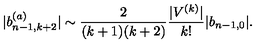
| b _ { n - 1 , k + 2 } ^ { ( a ) } | \sim \frac { 2 } { ( k + 1 ) ( k + 2 ) } \frac { | V ^ { ( k ) } | } { k ! } | b _ { n - 1 , 0 } | .